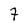
Character: 7